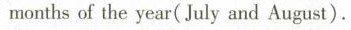
months of the year( July and August).